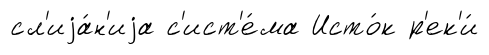
сл'иjа́н'иjа с'ист'е́ма Исто́к р'ек'и́